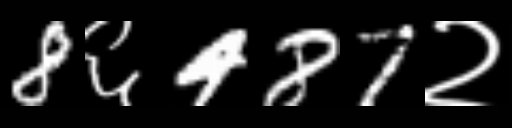
Text: 8६487२